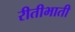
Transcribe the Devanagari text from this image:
रीतीभाती